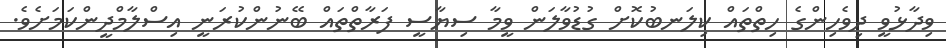
ވިދާޅުވީ ދިވެހިންގެ ހިތްތައް ކިލަނބުކޮށް ގުޑުވާލަން ވީމާ ސިޔާސީ ފަރާތްތައް ބޭނުންކުރަނީ އިސްލާމްދީންކަމަށެވެ.